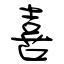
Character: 喜